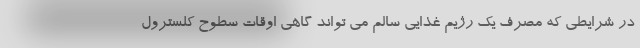
در شرایطی که مصرف یک رژیم غذایی سالم می تواند گاهی اوقات سطوح کلسترول